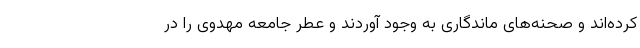
کرده‌اند و صحنه‌های ماندگاری به وجود آوردند و عطر جامعه مهدوی را در